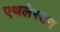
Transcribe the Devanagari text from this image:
एथलेस्टन